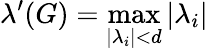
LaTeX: \lambda^{\prime}(G)=\operatorname*{max}_{|\lambda_{i}|<d}|\lambda_{i}|